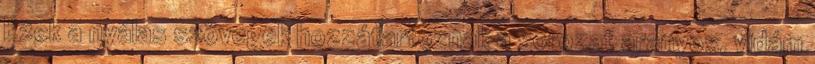
Ezek a nyálas szövegek hozzátartoznak a sorozat aranyos, vidám